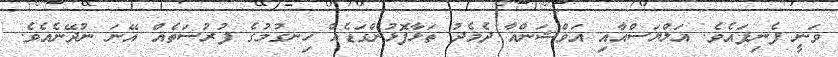
ވަނީ ފެނިފައެވެ. އަލްޔަސްއާއި އަވްޝަންއާ ދެމެދު ތަޅާފޮޅުންގަޑެއް ހިނގުމުގެ ފުރުސަތެއް އޭނަ ނުދޭނެއެވެ.